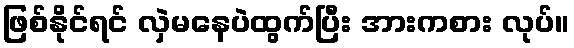
ဖြစ်နိုင်ရင် လှဲမနေပဲထွက်ပြီး အားကစား လုပ်။